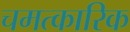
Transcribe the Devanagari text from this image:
चमत्‍कारिक